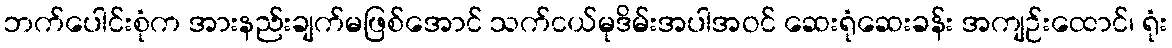
ဘက်ပေါင်းစုံက အားနည်းချက်မဖြစ်အောင် သက်ငယ်မုဒိမ်းအပါအဝင် ဆေးရုံဆေးခန်း အကျဉ်းထောင်၊ ရုံး